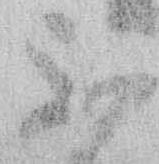
不